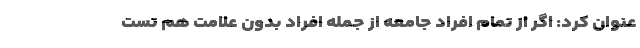
عنوان کرد: اگر از تمام افراد جامعه از جمله افراد بدون علامت هم تست